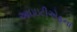
આઇઇટીએફના